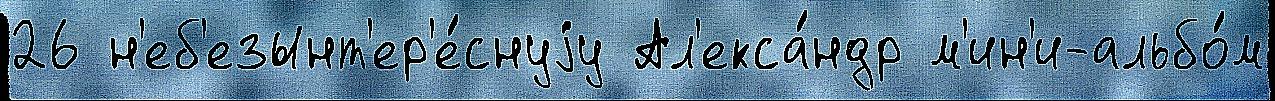
26 н'еб'езынт'ер'е́снуjу Ал'екса́ндр м'ин'и-альбо́м